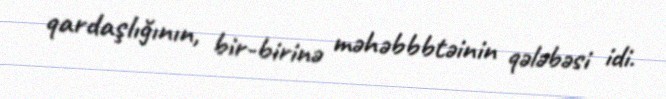
qardaşlığının, bir-birinə məhəbbbtəinin qələbəsi idi.